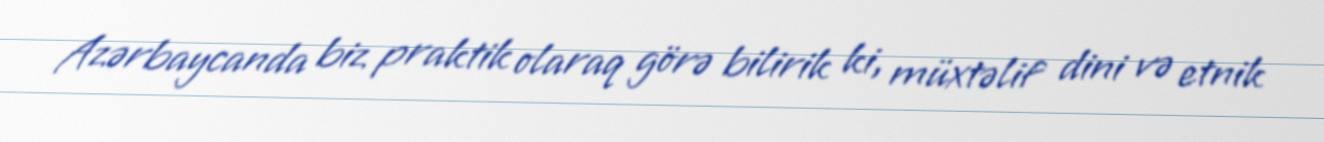
Azərbaycanda biz praktik olaraq görə bilirik ki, müxtəlif dini və etnik